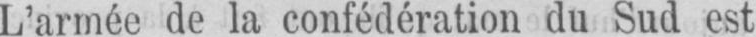
L’armée de la confédération du Sud est